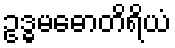
ဥဒ္ဓမဓောတိရိယံ